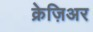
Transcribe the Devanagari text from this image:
क्रेज़िअर